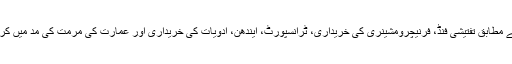
نیب ذرائع کے مطابق تفتیشی فنڈ، فرنیچرومشینری کی خریداری، ٹرانسپورٹ، ایندھن، ادویات کی خریداری اور عمارت کی مرمت کی مد میں کرپشن کی گئی۔